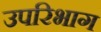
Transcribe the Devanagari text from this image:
उपरिभाग